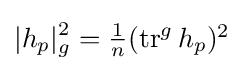
|h_{p}|_{g}^{2}=\textstyle {\frac {1}{n}}(\operatorname {tr} ^{g}h_{p})^{2}